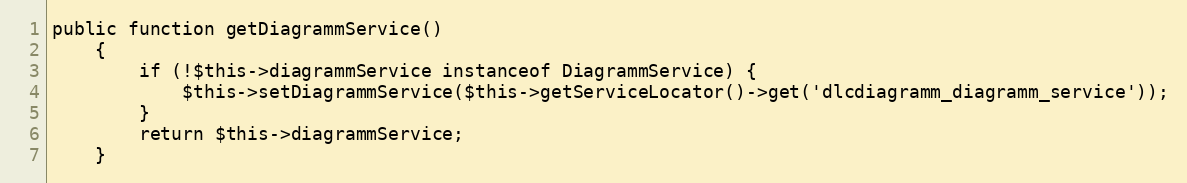
Language: PHP
public function getDiagrammService()
    {
        if (!$this->diagrammService instanceof DiagrammService) {
            $this->setDiagrammService($this->getServiceLocator()->get('dlcdiagramm_diagramm_service'));
        }
        return $this->diagrammService;
    }